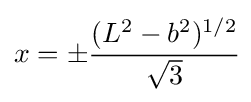
x=\pm {\cfrac {(L^{2}-b^{2})^{1/2}}{\sqrt {3}}}